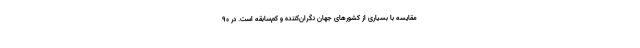
مقایسه با بسیاری از کشورهای جهان نگران‌کننده و کم‌سابقه است. در ۹۰